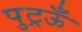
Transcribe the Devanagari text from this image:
पुट्रऊँ